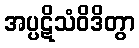
အပ္ပဋိသံဝိဒိတွာ